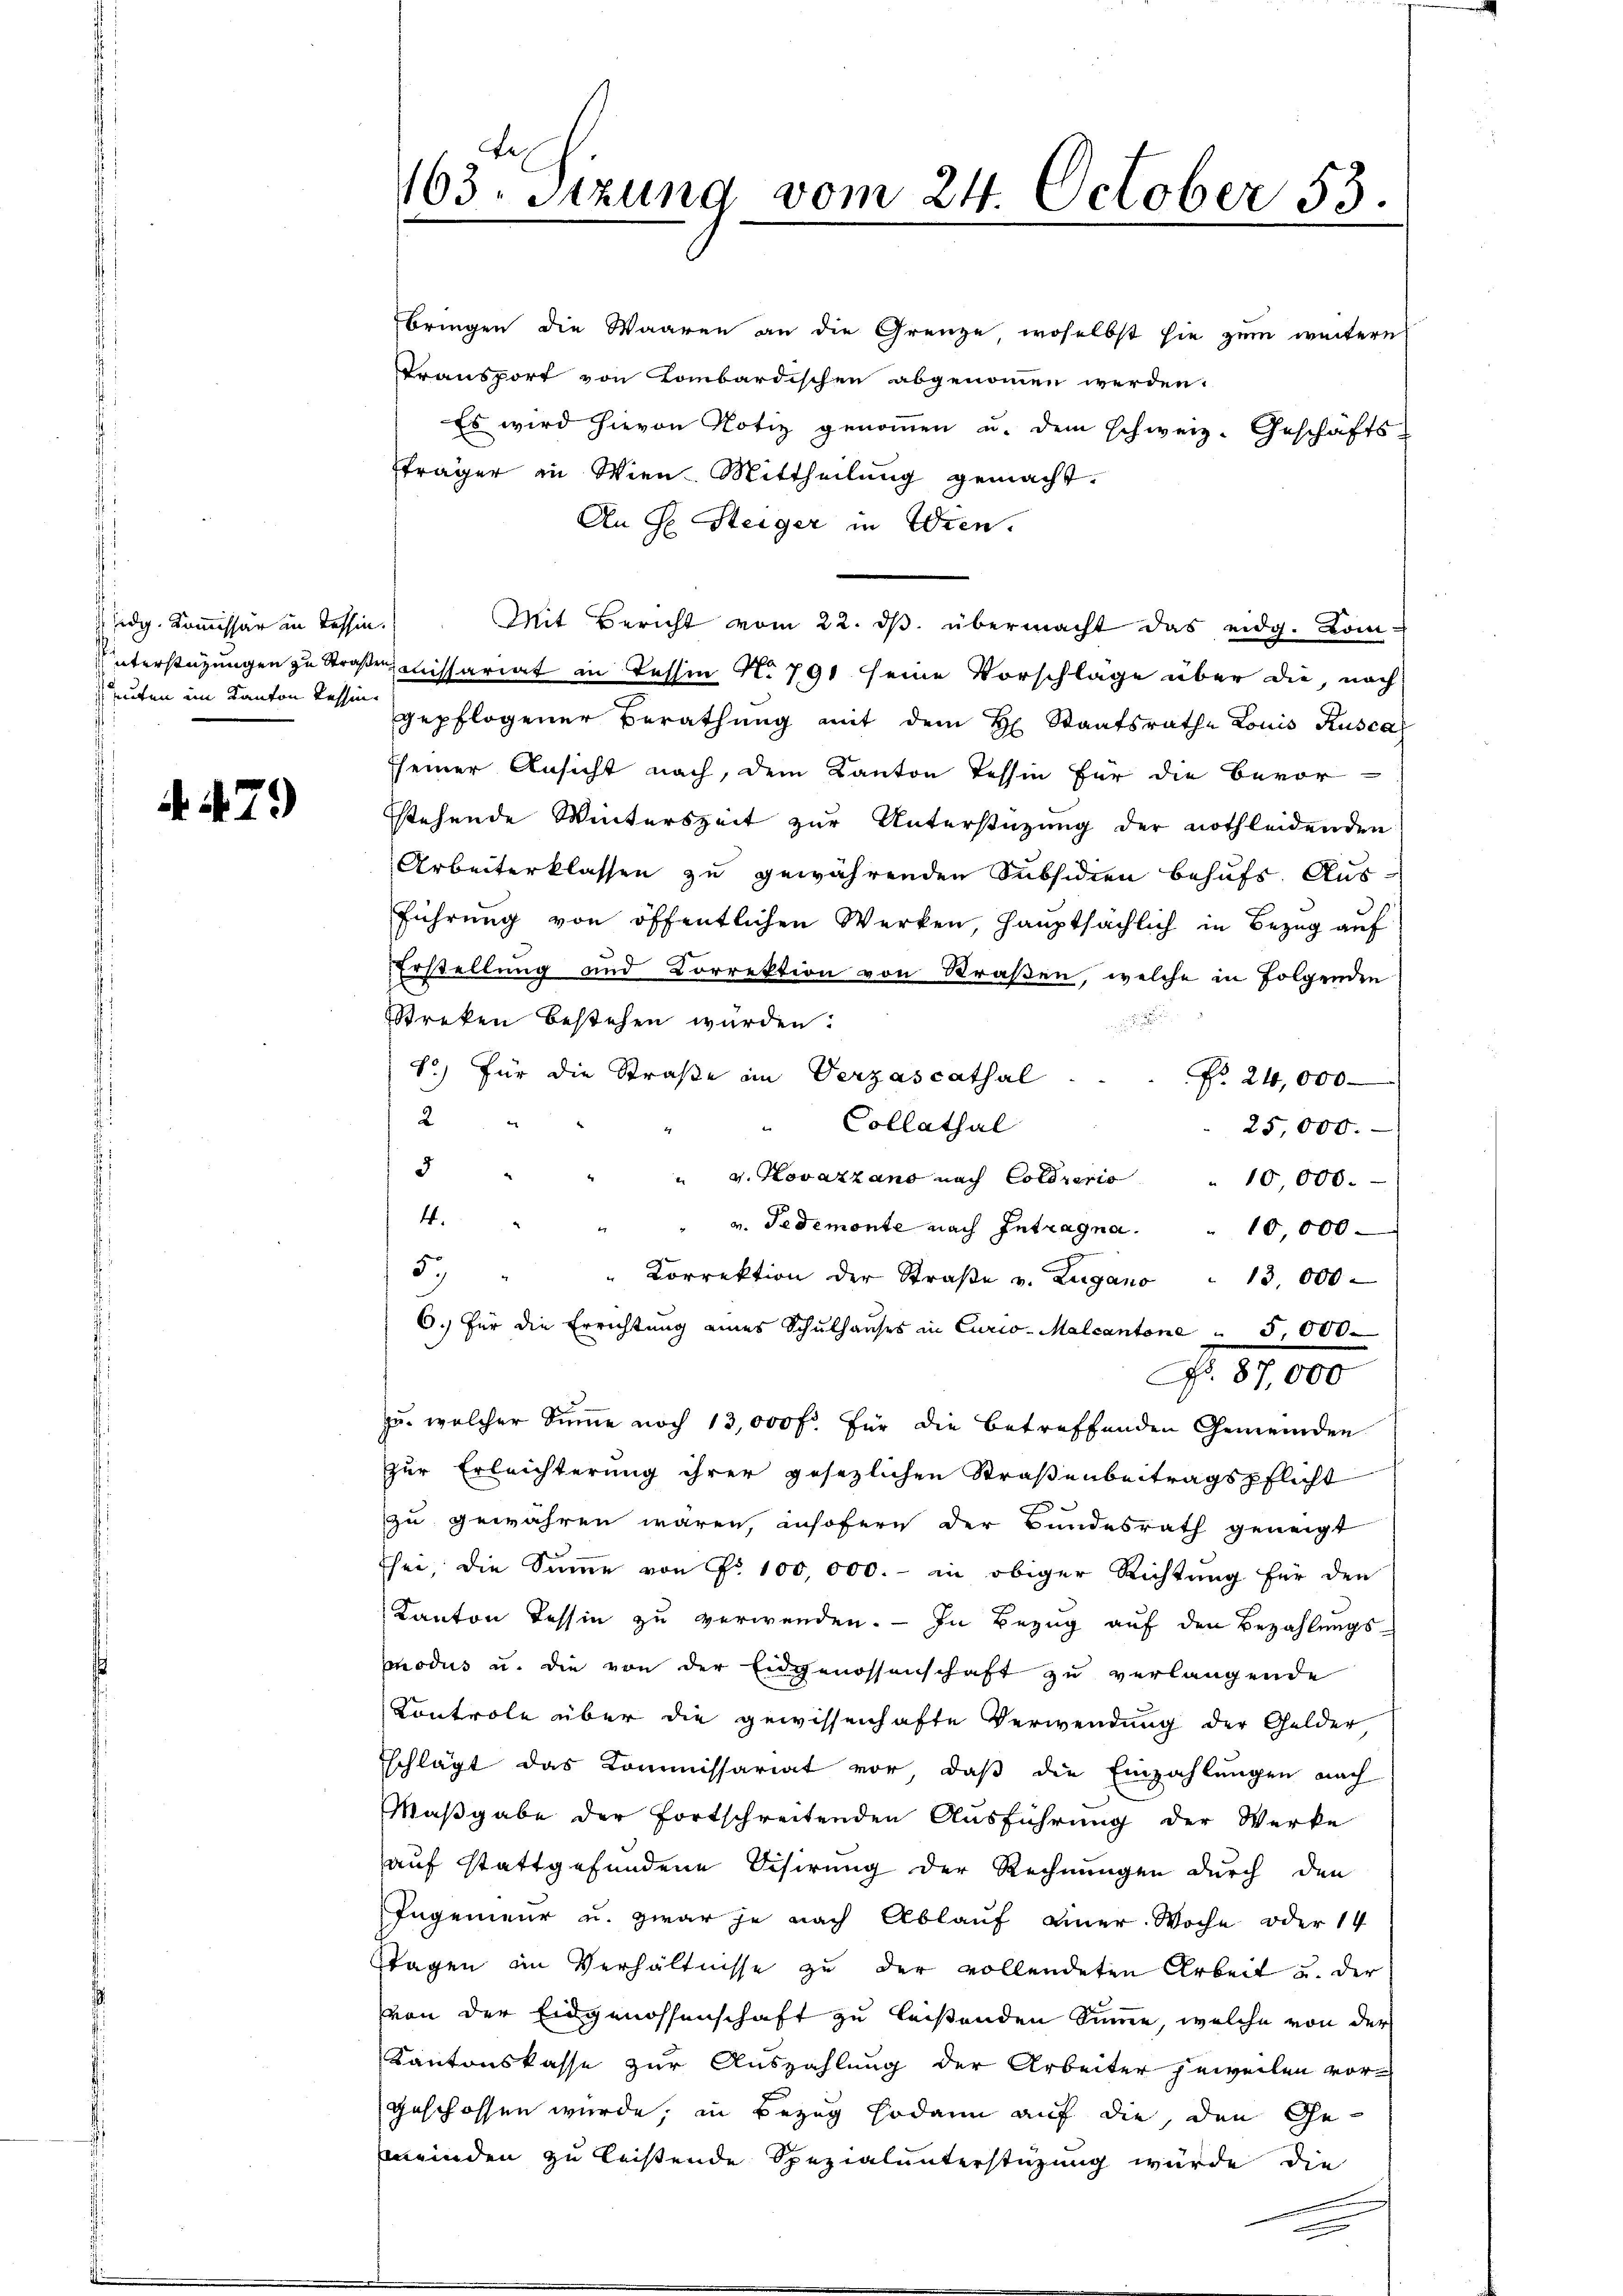
dg. Kommissär in Tessin.
uten im Kanton Tessin.

4. 479

Er
163. Sitzung vom 24. October 53.

bringen die Waaren an die Grenze, woselbst sie zum weitern
Transport von Kombardischen abgenommen werden.
Es wird hievon Notiz genommen u. dem schweiz. Geschäfts-
träger in Wien-Mittheilung gemacht.
An H. Steiger in Wien.
Mit Bericht vom 22. ds. übermacht das eidg. Kom-
Unterstüzungen zu Straßenaissariat in Tessin No 791 seine Vorschläge über die, nach
gepflogener Berathŭng mit dem H. Staatsrathe Louis Rusca
sseiner Ansicht nach, dem Kanton Tessin für die Bevor-
stehende Winterszeit zur Unterstützung der nothleidenden
Arbeiterklassen zu gewährenden Subsidien behufs Ausführung von öffentlichen Werken, hauptsächlich in Bezug auf
Erstellung und Korrektion von Straßen, welche in folgenden
Streken bestehen würden:

8) Für die Straße im Verzascathal
No. 24,000
2
Collathal
25,000.
 " " " v. Novatzano nach Coldneris
10,000.
4
v. Jedemonte nach Intragna.
2
10,000
59
" Korrektion der Straβe v. Zugano " 13,000
6. Für die Errichtung eines Schulhauses in Curio-Malcantone, 000
No. 87,000
zu welcher Summe noch 13,000 fr. für die betreffenden Gemeinden
zur Erleichterung ihrer gesezlichen Straßenbeitragspflicht
zu gewähren wären, insofern der Bundesrath geneigt
Esei, die Summe von Nr. 100,000.- in obiger Richtung für den
Kanton Tessin zu verwenden. — In Bezug auf den Bezahlungspnodus u. die von der Eidgenossenschaft zu verlangende
Controle über die gewissenhafte Verwendung der Gelder
schlägt das Kommissariat vor, daß die Einzahlungen nach
Maßgabe der fortschreitenden Ausführung der Werke
auf stattgefundene Visirung der Rechnungen durch den
Ingenieur u. zwar je nach Ablauf einer Woche oder 14
stagen im Verhältnisse zu der vollendeten Arbeit u. der
von der Eidgenossenschaft zu leistenden Summe, welche von der
Kantonskasse zur Auszahlung der Arbeiter jeweilen vorgeschossen wurde, in Bezug sodann auf die, den Gemeinden zu leistende Spezialunterstüzung würde die